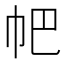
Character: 帊